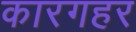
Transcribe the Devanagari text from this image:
कारगहर